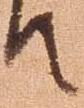
て